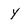
Character: Y